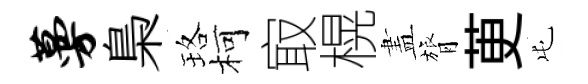
蔓梟珞柯㝡榥𥁞膂茰屯